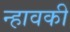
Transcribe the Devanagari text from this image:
न्हावकी